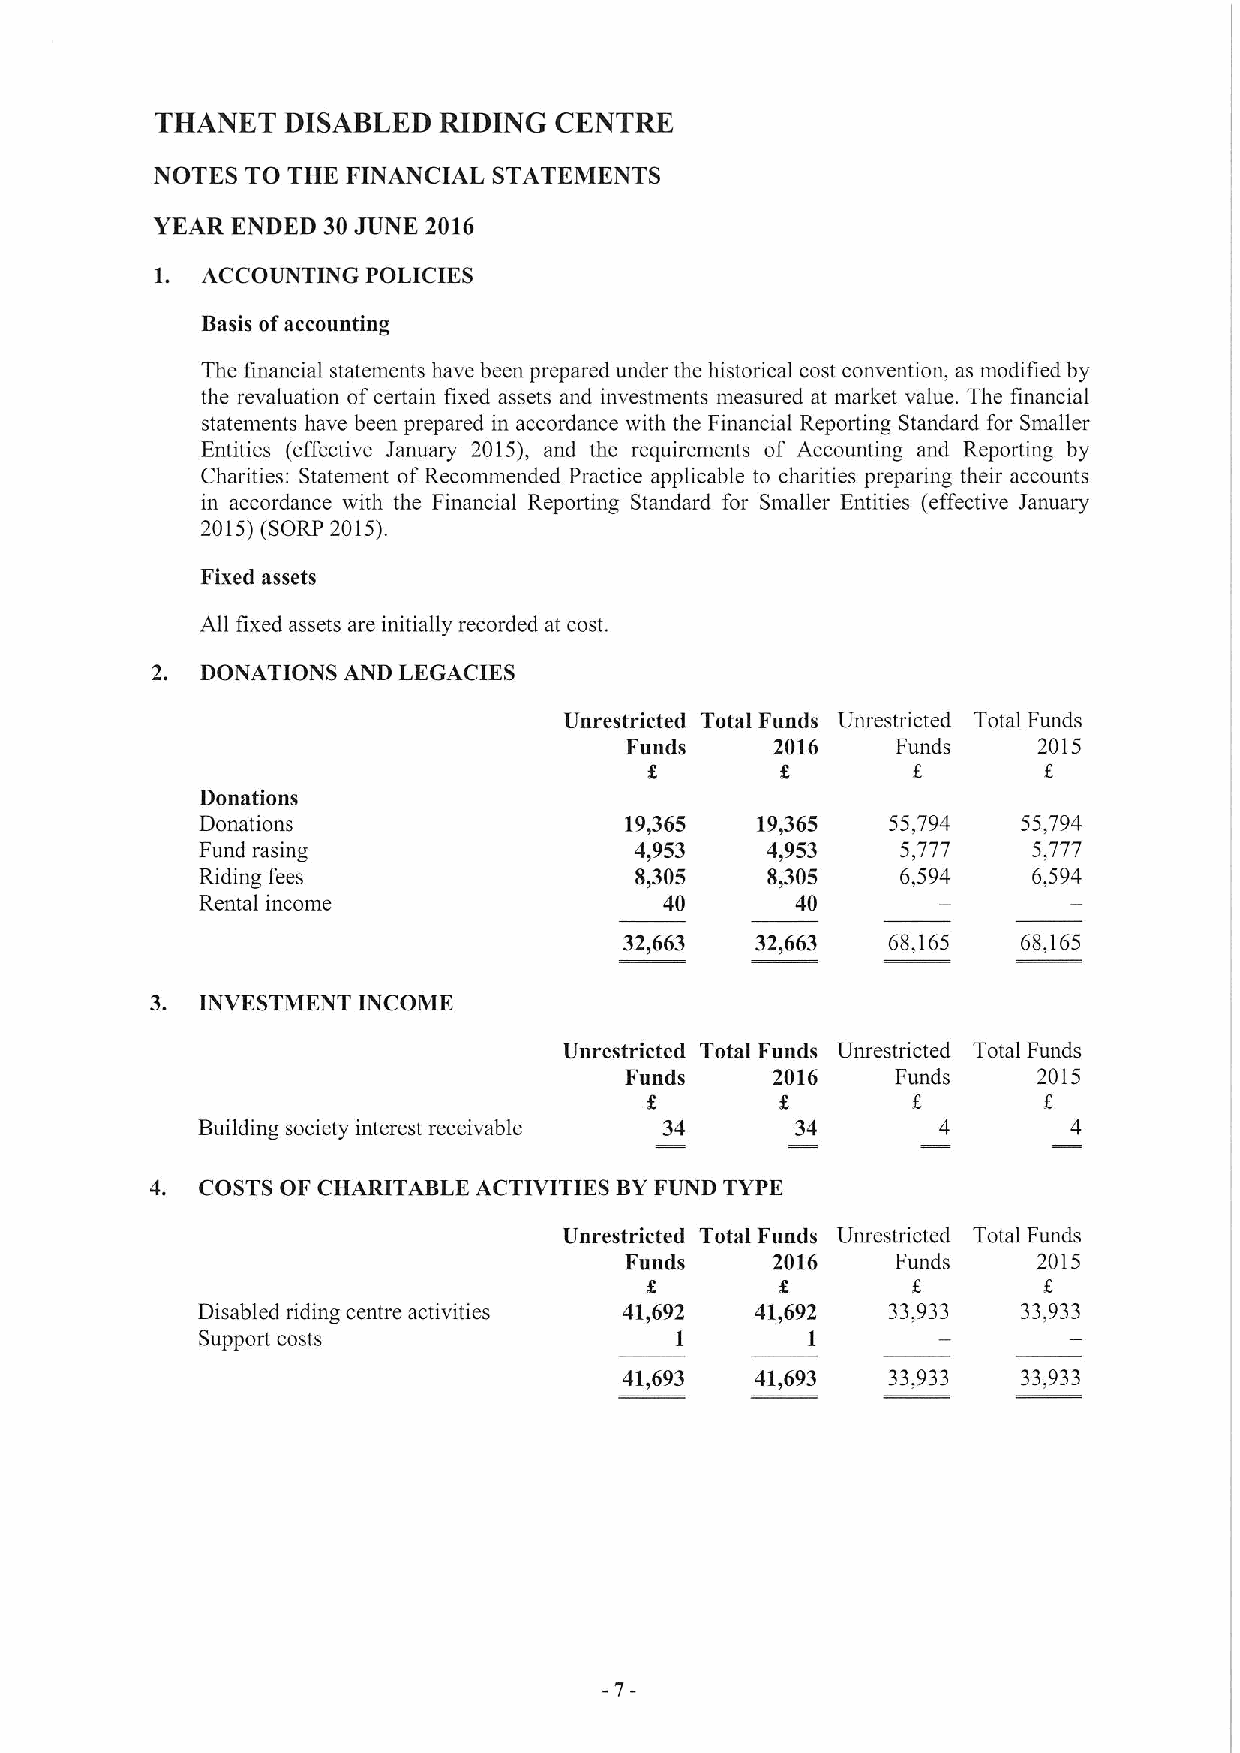
THANET   DISABLED  RIDING  CENTRE
 NOTES TO THE FINANCIAL STATEMENTS
 YEAR ENDED 30JUNE 2016
 1. ACCOUNTING POLICIKS
 Basis ofaccounting
 The financial statements have been prepared under the historical cost convention, as modified by
 the revaluation ofcertain fixed assets and investments measured at market value. The financial
 statements have been prepared in accordance with the Financial Reporting Standard for Smaller
 Entities (effective January 2015), and the requirements of Accounting and Reporting by
 Charities: Statement ofRecommended Practice applicable to charities preparing their accounts
 in accordance with the Financial Reporting Standard for Smaller Entities (effective January
 2015)(SORP 2015).
 Fixed assets
 All fixed assets are initially recorded at cost.
 2. DONATIONS AND LEGACIES
 Unrestricted Total Funds Unrestricted Total Funds
 Funds     2016    Funds     2015
 Donations
 Donations                   19,365   19,365   55,794   55,794
 Fund rasing                  4,953    4,953    5,777   5,777
 Riding fees                  8,305    8,305    6,594   6,594
 Rental income                  40       40
 32,663   32,663   68,165   68,165
 3. INVESTMENT INCOME
 Unrestricted Total Funds Unrestricted Total Funds
 Funds     2016    Funds     2015
 Building society interest receivable 34 34       4        4
 4. COSTS OF CHARITABLE ACTIVITIES BYFUND TYPE
 Unrestricted Total Funds Unrestricted Total Funds
 Funds     2016    Funds     2015
 s
 Disabled riding centre activities 41,692 41,692 33,933 33,933
 Support costs                   1       1
 41,693   41,693   33,933   33 933